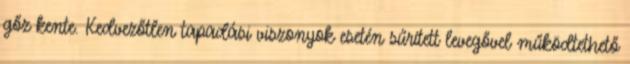
gőz kente. Kedvezőtlen tapadási viszonyok esetén sűrített levegővel működtethető